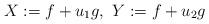
LaTeX: \begin{align*} X:=f+u_{1} g,\, \, Y:=f+u_{2} g \end{align*}